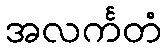
အလင်္ကတံ